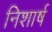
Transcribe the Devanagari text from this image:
निशार्ष